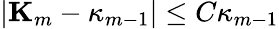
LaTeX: |\mathbf{K}_{m}-\kappa_{m-1}|\leq C\kappa_{m-1}